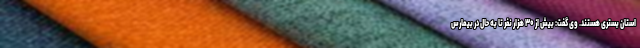
استان بستری هستند. وی گفت: بیش از ۳۰ هزار نفر تا به حال در بیمارس